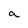
Character: a